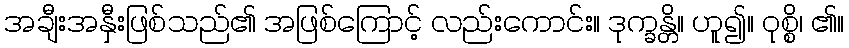
အချီးအနှီးဖြစ်သည်၏ အဖြစ်ကြောင့် လည်းကောင်း။ ဒုက္ခန္တိ။ ဟူ၍။ ဝုစ္စိ၊ ၏။